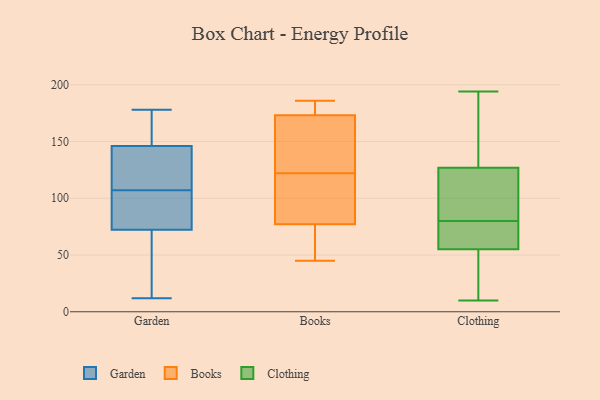
{"axis": {"x": "Latency (ms)", "y": "Value"}, "legend": ["Books", "Clothing", "Garden"], "data": [{"x": "", "y": 156, "type": "Garden"}, {"x": "", "y": 101, "type": "Garden"}, {"x": "", "y": 91, "type": "Garden"}, {"x": "", "y": 76, "type": "Garden"}, {"x": "", "y": 122, "type": "Garden"}, {"x": "", "y": 156, "type": "Garden"}, {"x": "", "y": 62, "type": "Garden"}, {"x": "", "y": 178, "type": "Garden"}, {"x": "", "y": 128, "type": "Garden"}, {"x": "", "y": 71, "type": "Garden"}, {"x": "", "y": 107, "type": "Garden"}, {"x": "", "y": 12, "type": "Garden"}, {"x": "", "y": 119, "type": "Garden"}, {"x": "", "y": 49, "type": "Garden"}, {"x": "", "y": 152, "type": "Garden"}, {"x": "", "y": 174, "type": "Books"}, {"x": "", "y": 155, "type": "Books"}, {"x": "", "y": 45, "type": "Books"}, {"x": "", "y": 76, "type": "Books"}, {"x": "", "y": 122, "type": "Books"}, {"x": "", "y": 80, "type": "Books"}, {"x": "", "y": 183, "type": "Books"}, {"x": "", "y": 186, "type": "Books"}, {"x": "", "y": 54, "type": "Books"}, {"x": "", "y": 171, "type": "Books"}, {"x": "", "y": 91, "type": "Books"}, {"x": "", "y": 10, "type": "Clothing"}, {"x": "", "y": 101, "type": "Clothing"}, {"x": "", "y": 113, "type": "Clothing"}, {"x": "", "y": 186, "type": "Clothing"}, {"x": "", "y": 79, "type": "Clothing"}, {"x": "", "y": 62, "type": "Clothing"}, {"x": "", "y": 34, "type": "Clothing"}, {"x": "", "y": 98, "type": "Clothing"}, {"x": "", "y": 171, "type": "Clothing"}, {"x": "", "y": 81, "type": "Clothing"}, {"x": "", "y": 21, "type": "Clothing"}, {"x": "", "y": 194, "type": "Clothing"}, {"x": "", "y": 141, "type": "Clothing"}, {"x": "", "y": 71, "type": "Clothing"}, {"x": "", "y": 55, "type": "Clothing"}, {"x": "", "y": 55, "type": "Clothing"}]}